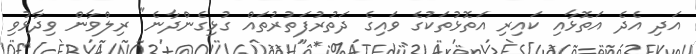
އަދި އެދެ އަތޮޅާއި ކައިރި އަތޮޅުތަކުގެ ވައިގެ ދަތުރުފަތުރުތައް ގުޅިގެންދާނެ" ރިލްވާން ވިދާޅުވި